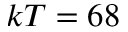
k T = 6 8